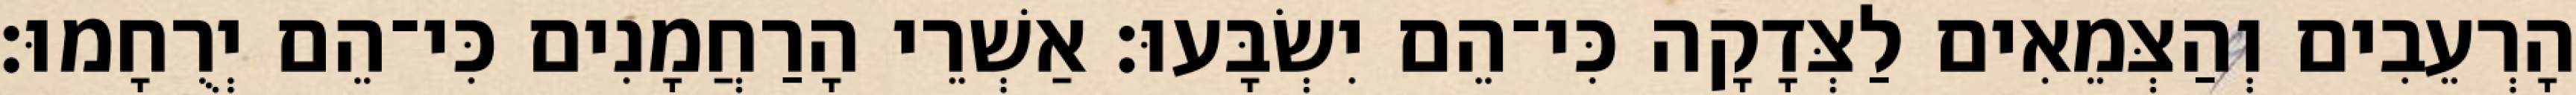
הָרְעֵבִים וְהַצְּמֵאִים לַצְּדָקָה כִּי־הֵם יִשְׂבָּעוּ׃ אַשְׁרֵי הָרַחֲמָנִים כִּי־הֵם יְרֻחָמוּ׃